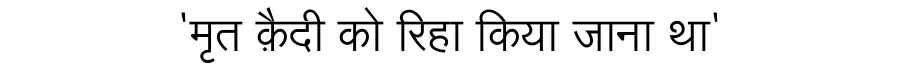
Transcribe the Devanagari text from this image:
'मृत क़ैदी को रिहा किया जाना था'